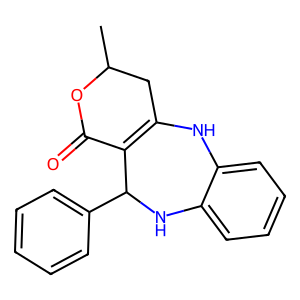
SMILES: CC1CC2=C(C(=O)O1)C(c1ccccc1)Nc1ccccc1N2
Inhibits HIV replication: No